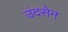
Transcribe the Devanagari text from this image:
उंदसेन